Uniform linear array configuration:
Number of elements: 64
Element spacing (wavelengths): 1
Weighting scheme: binomial
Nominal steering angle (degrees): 15
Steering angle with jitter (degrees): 13.199
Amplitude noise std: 0.05
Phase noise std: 0.05

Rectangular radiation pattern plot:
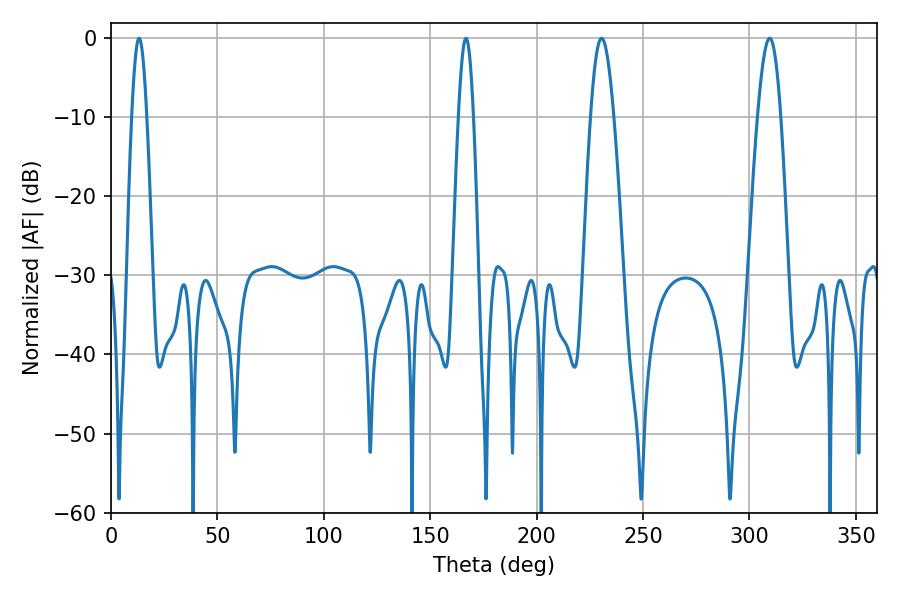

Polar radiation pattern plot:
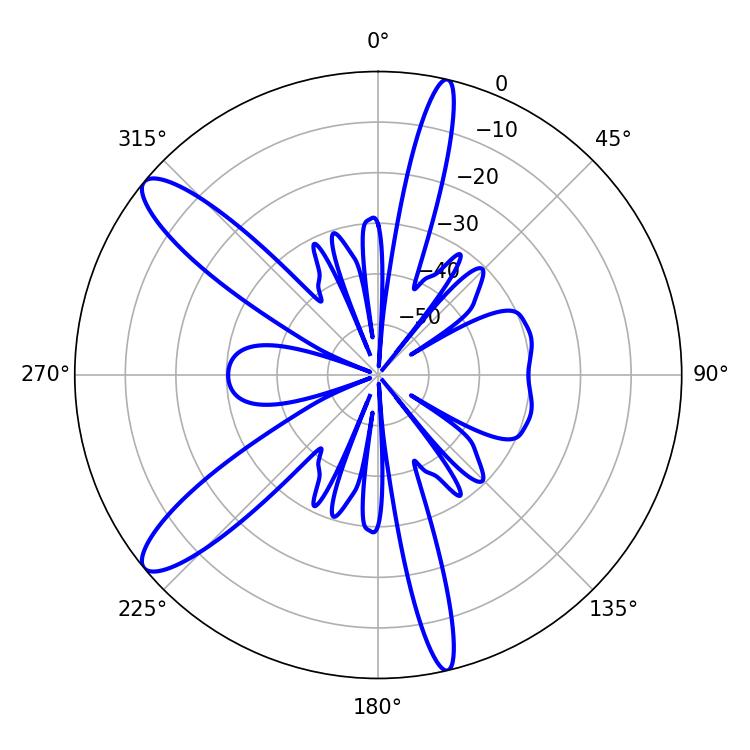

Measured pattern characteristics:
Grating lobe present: TRUE
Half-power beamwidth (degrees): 5.76
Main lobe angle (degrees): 309.42